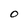
Character: O